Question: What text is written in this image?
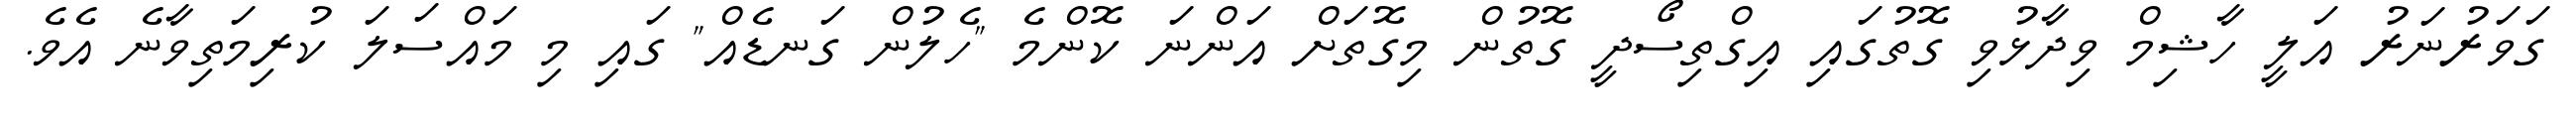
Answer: ގަވަރުނަރު އަލީ ހާޝިމް ވިދާޅުވި ގޮތުގައި އިގްތިސޯދީ ގޮތުން މިގޮތަށް އަންނަ ކޮންމެ "ހެލުން ގަނޑެއް" ގައި މި މައްސަލަ ކުރިމަތިވާނެ އެވެ.